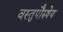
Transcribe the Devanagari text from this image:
वस्तुपौरुषेय